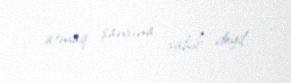
atmaq şansına sahib deyil.